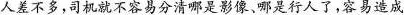
人差不多，司机就不容易分清哪是影像、哪是行人了，容易造成